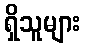
ရှိသူများ